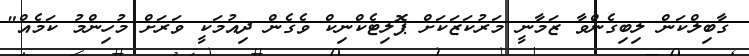
ގާބިލްކަން ލިބިގެންވާ ޒަމާނީ މަރުކަޒަކަށް ޕޮލިޓެކްނިކް ވެގެން ދިއުމަކީ ވަރަށް މުހިންމު ކަމެއް"